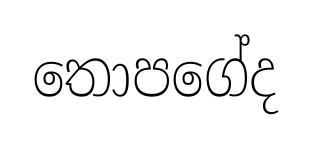
තොපගේද